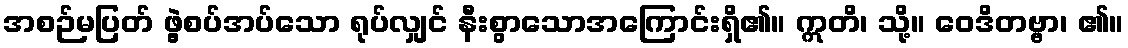
အစဉ်မပြတ် ဖွဲ့စပ်အပ်သော ရုပ်လျှင် နီးစွာသောအကြောင်းရှိ၏။ ဣတိ၊ သို့။ ဝေဒိတဗ္ဗာ၊ ၏။